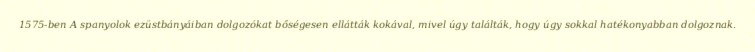
1575-ben A spanyolok ezüstbányáiban dolgozókat bőségesen ellátták kokával, mivel úgy találták, hogy úgy sokkal hatékonyabban dolgoznak.